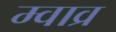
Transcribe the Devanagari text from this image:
म्वाव्र